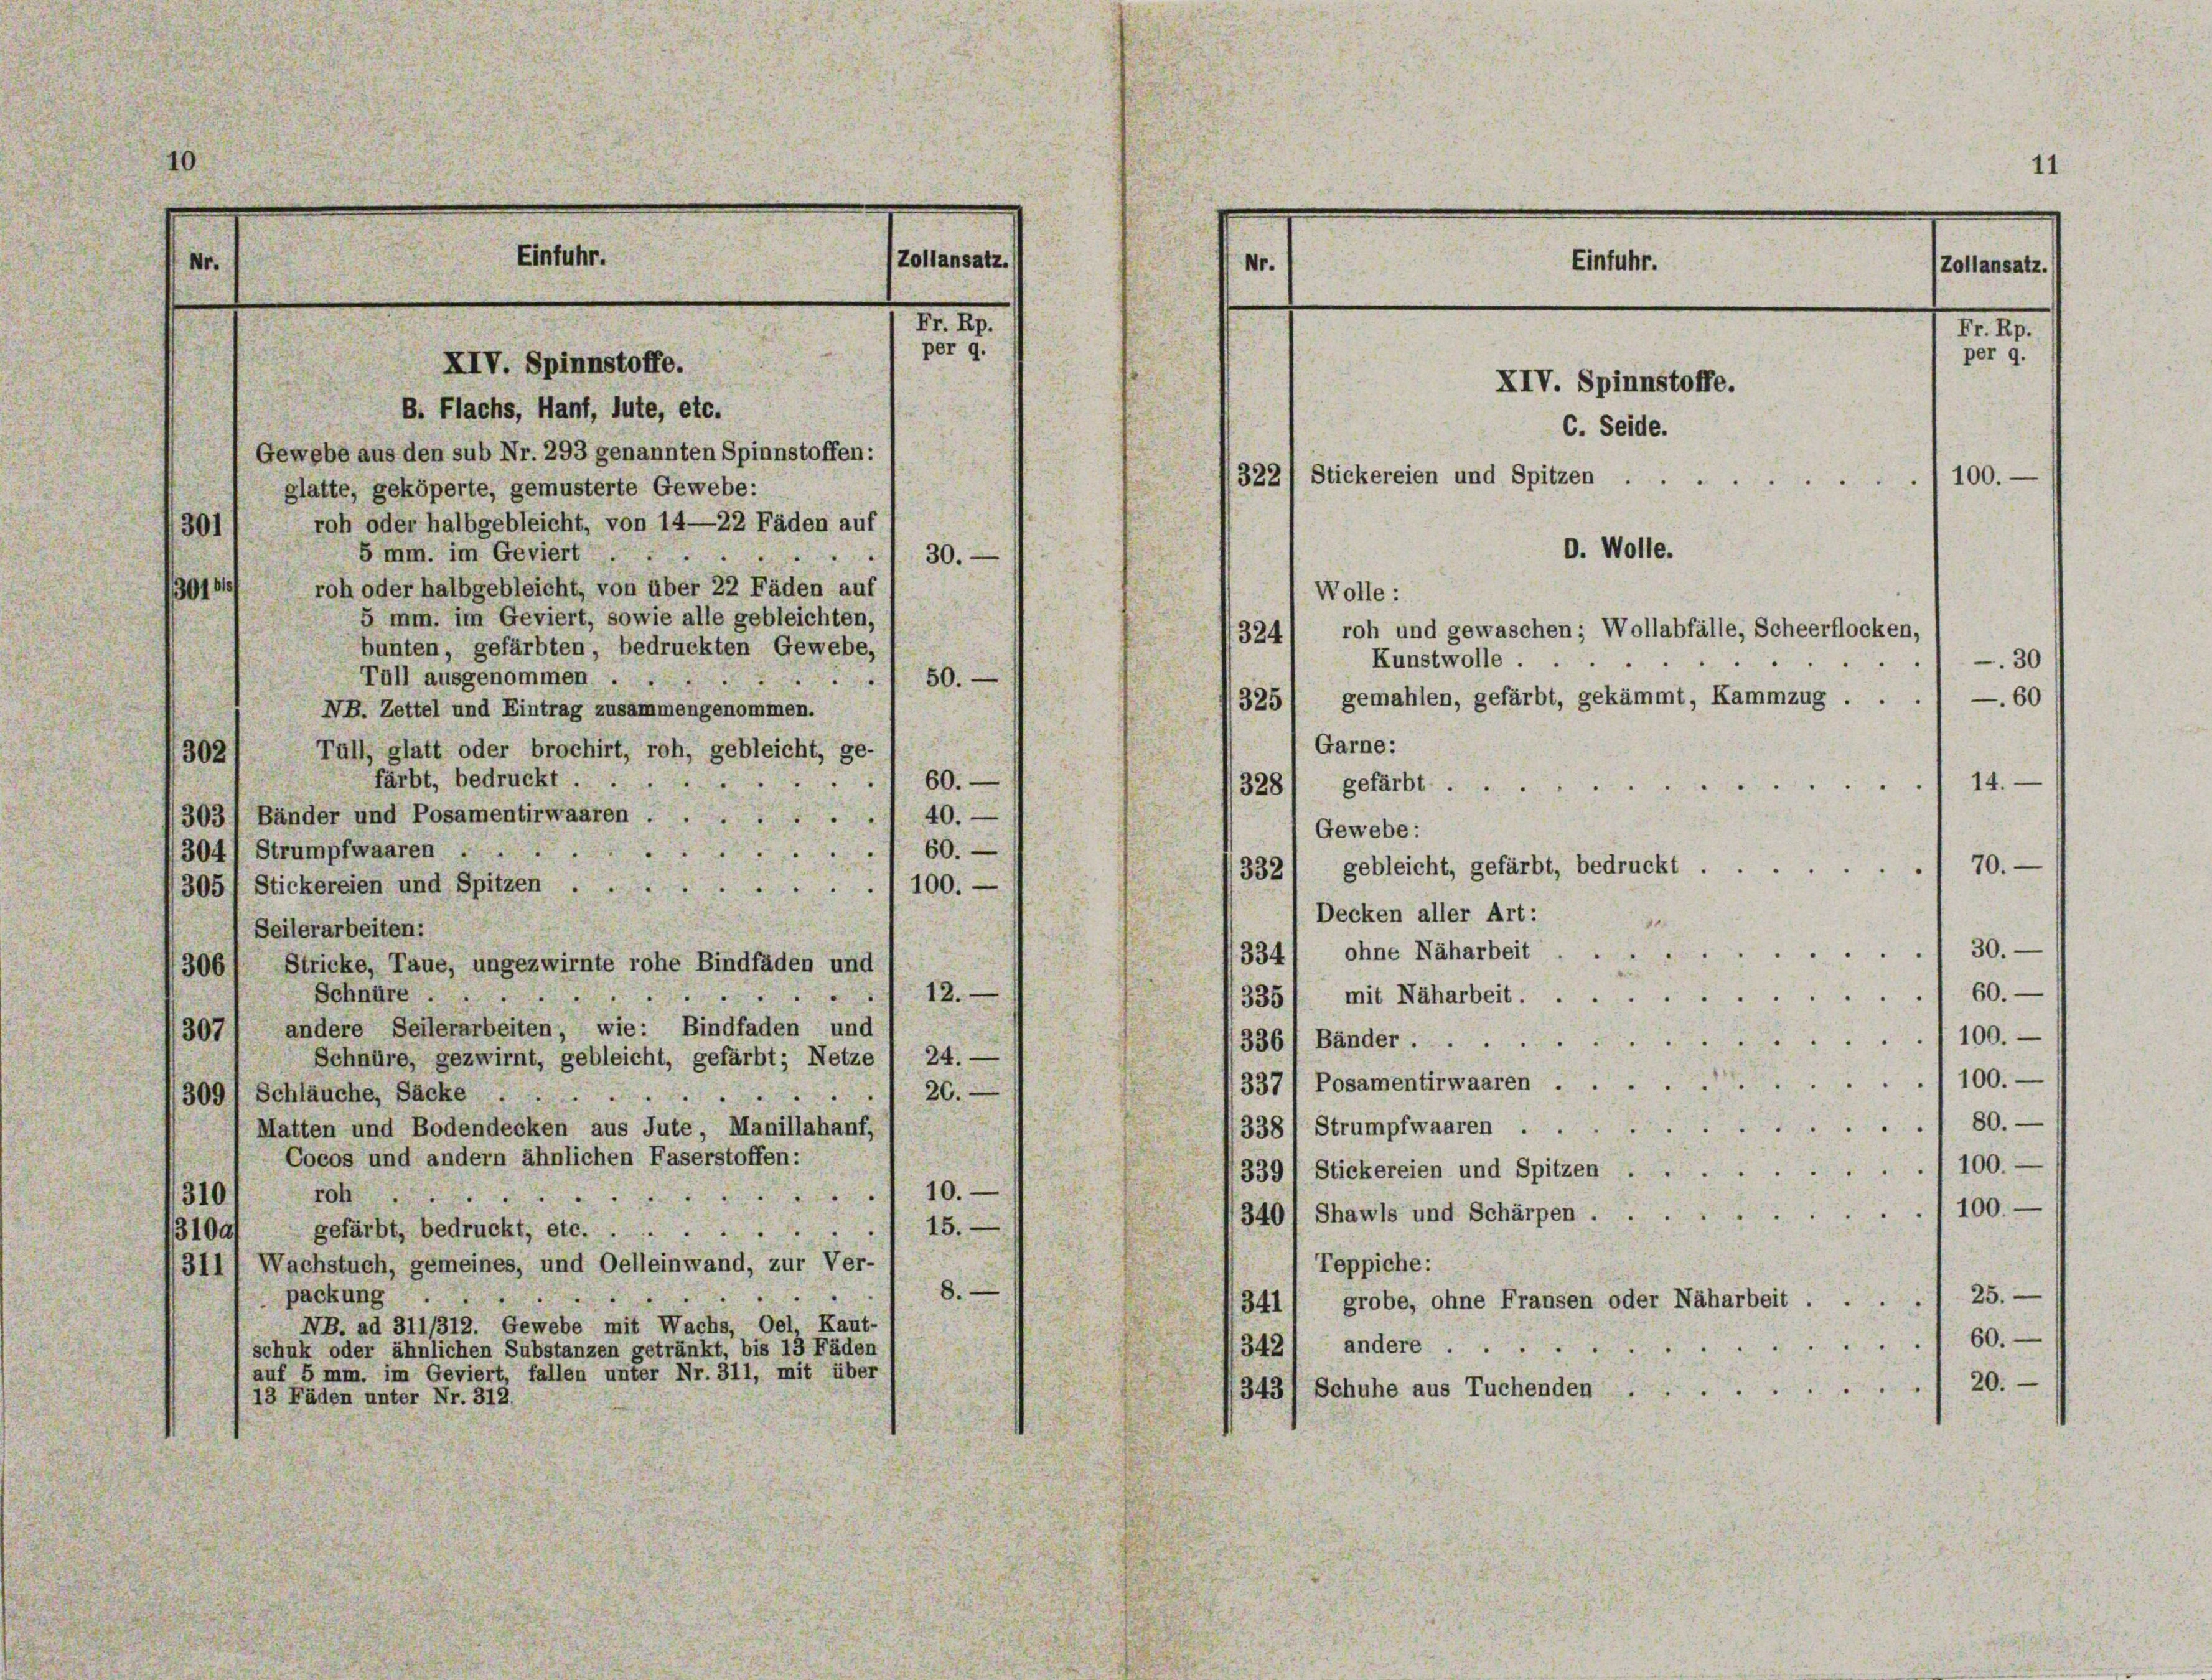
7

5 mm. im Geviert ...
30.
e
30161
roh oder halbgebleicht, von über 22 Fäden auf
5 mm. im Geviert, sowie alle gebleichten,
324/ roh und gewaschen; Wollabfälle, Scheerflocken,
bunten, gefärbten, bedruckten Gewebe,
Kunstwolle.
Tall ausgenommen
50.
.
325) gemahlen, gefärbt, gekämmt, Kammzug . . ./ —60
NB. Zettel und Eintrag zusammengenommen.
Garne:
Tull, glatt oder brochirt, roh, gebleicht, ge-
302
färbt, bedruckt ...
60.
328) gefärbt. 14.
3031 Bänder und Posamentirwaaren
40.

Gewebe:
60.
304) Strumpfwaaren ...
70.
332) gebleicht, gefärbt, bedruckt.
100.
3051 Stickereien und Spitzen .
Decken aller Art:
Seilerarbeiten:
130.
3341, ohne Näharbeit
Stricke, Taue, ungezwirnte rohe Bindfäden und
306
60.
Schnüre ..
12.
335) mit Naharbeit.
.
andere Seilerarbeiten, wie: Bindfaden und
307
100.
336 1 Bänder
Schnüre, gezwirnt, gebleicht, gefärbt; Netze / 24. —
100.
337 l Posamentirwaaren . .
26.
3091 Schläuche, Säcke ....
.
80.
338 / Strumpfwaaren . .
Matten und Bodendecken aus Tute, Manillahanf,
Cocos und andern ähnlichen Faserstoffen:
100.
3391 Stickereien und Spitzen . .
10.
roh
310/

100.-

340/ Shawls und Schärpen .
15.
31001 gefärbt, bedruckt, etc.
Teppiche:
311) Wachstuch, gemeines, und Oelleinwand, zur Ver-
8.
packung

341/ grobe, ohne Fransen oder Näharbeit .... 25.
NB. ad 311/312. Gewebe mit Wachs, Oel, Kaut-
60.

342) andere
schuk oder ähnlichen Substanzen getränkt, bis 13 Fäden
auf 5 mm. im Geviert, fallen unter Nr. 311, mit über
20.
3431 Schuhe aus Tuchenden .
13 Fäden unter Nr. 312.

30)

Einfuhr.

XIV. Spinnstoffe.
B. Flachs, Hanf, lute, etc.
Gewebe aus den sub Nr. 293 genannten Spinnstoffen:
glatte, geköperte, gemusterte Gewebe:
roh oder halbgebleicht, von 14—22 Fäden auf

M. I.
per 9.

Zollansatz.

11
Nr.
Einfuhr.
Zollansatz.

XIV. Spinnstoffe.
C. Seide.
322/ Stickereien und Spitzen . .
100.

Wolle:

O. Wolle.

F. II.

per 9.

30